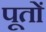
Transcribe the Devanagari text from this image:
पूतों